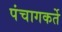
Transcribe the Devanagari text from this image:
पंचागकर्ते